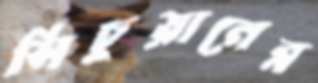
সিচুয়ানের